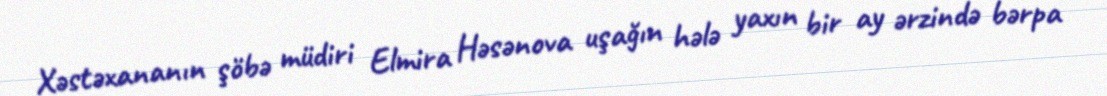
Xəstəxananın şöbə müdiri Elmira Həsənova uşağın hələ yaxın bir ay ərzində bərpa